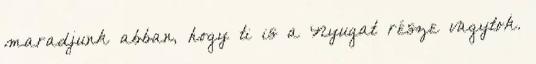
maradjunk abban, hogy ti is a Nyugat része vagytok.